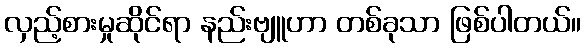
လှည့်စားမှုဆိုင်ရာ နည်းဗျူဟာ တစ်ခုသာ ဖြစ်ပါတယ်။